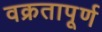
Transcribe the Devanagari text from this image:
वक्रतापूर्ण